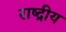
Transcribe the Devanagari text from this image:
राष्द्रीय